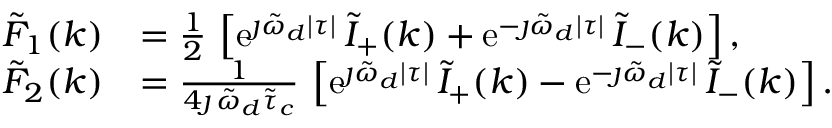
\begin{array} { r l } { \tilde { F } _ { 1 } ( k ) } & { = \frac { 1 } { 2 } \, \left[ \mathrm { e } ^ { \jmath \tilde { \omega } _ { d } \lvert \tau \rvert } \, \tilde { I } _ { + } ( k ) + \mathrm { e } ^ { - \jmath \tilde { \omega } _ { d } \lvert \tau \rvert } \, \tilde { I } _ { - } ( k ) \right] , } \\ { \tilde { F } _ { 2 } ( k ) } & { = \frac { 1 } { 4 \jmath \, \tilde { \omega } _ { d } \tilde { \tau } _ { c } } \, \left[ \mathrm { e } ^ { \jmath \tilde { \omega } _ { d } \lvert \tau \rvert } \, \tilde { I } _ { + } ( k ) - \mathrm { e } ^ { - \jmath \tilde { \omega } _ { d } \lvert \tau \rvert } \, \tilde { I } _ { - } ( k ) \right] . } \end{array}